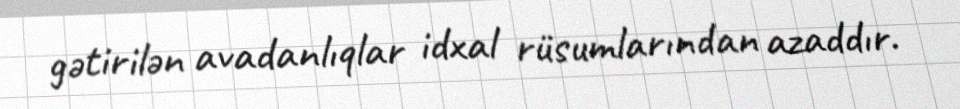
gətirilən avadanlıqlar idxal rüsumlarından azaddır.